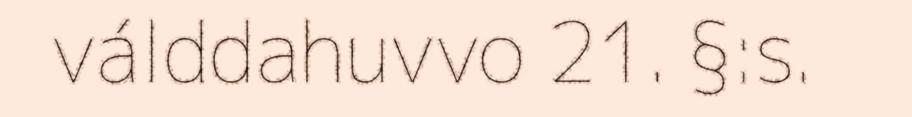
válddahuvvo 21. §:s.